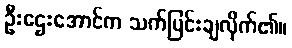
ဦးဌေးအောင်က သက်ပြင်းချလိုက်၏။